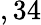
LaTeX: ,34